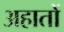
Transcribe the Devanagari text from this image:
अहातों